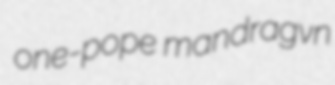
one-pope mandragvn